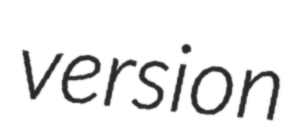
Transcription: version